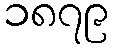
၁၈၇၉